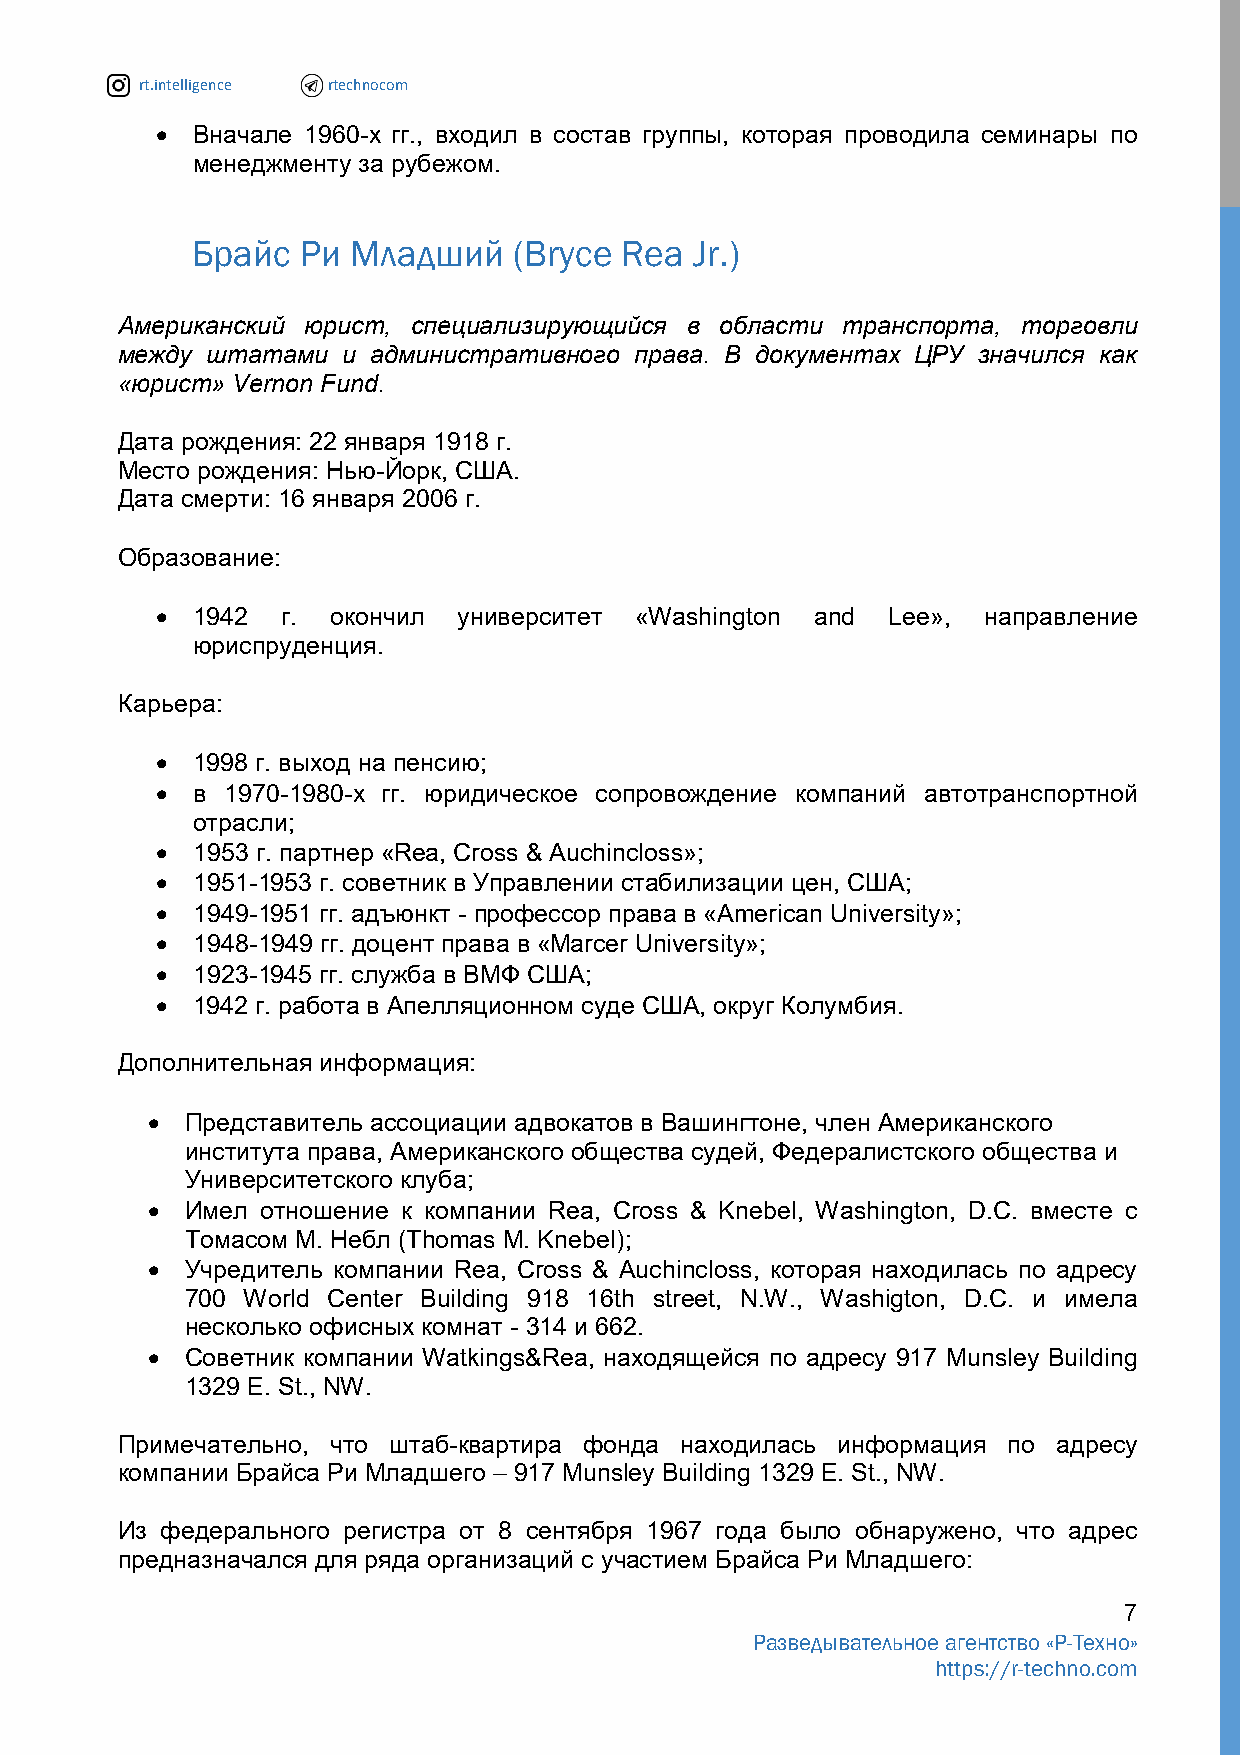
rt.intelligence rtechnocom
   Вначале 1960-х гг., входил в состав группы, которая проводила семинары по
 менеджменту за рубежом.
 Брайс  Ри Младший    (Bryce Rea  Jr.)
 Американский юрист, специализирующийся в области транспорта, торговли
 между штатами  и административного права. В документах ЦРУ значился как
 «юрист» Vernon Fund.
 Дата рождения: 22 января 1918 г.
 Место рождения: Нью-Йорк, США.
 Дата смерти: 16 января 2006 г.
 Образование:
   1942  г. окончил университет «Washington and  Lee», направление
 юриспруденция.
 Карьера:
   1998 г. выход на пенсию;
   в 1970-1980-х гг. юридическое сопровождение компаний автотранспортной
 отрасли;
   1953 г. партнер «Rea, Cross & Auchincloss»;
   1951-1953 г. советник в Управлении стабилизации цен, США;
   1949-1951 гг. адъюнкт - профессор права в «American University»;
   1948-1949 гг. доцент права в «Marcer University»;
   1923-1945 гг. служба в ВМФ США;
   1942 г. работа в Апелляционном суде США, округ Колумбия.
 Дополнительная информация:
  Представитель ассоциации адвокатов в Вашингтоне, член Американского
 института права, Американского общества судей, Федералистского общества и
 Университетского клуба;
  Имел отношение к компании Rea, Cross & Knebel, Washington, D.C. вместе с
 Томасом М. Небл (Thomas M. Knebel);
  Учредитель компании Rea, Cross & Auchincloss, которая находилась по адресу
 700 World Center Building 918 16th street, N.W., Washigton, D.C. и имела
 несколько офисных комнат - 314 и 662.
  Советник компании Watkings&Rea, находящейся по адресу 917 Munsley Building
 1329 E. St., NW.
 Примечательно, что штаб-квартира фонда находилась информация по адресу
 компании Брайса Ри Младшего – 917 Munsley Building 1329 E. St., NW.
 Из федерального регистра от 8 сентября 1967 года было обнаружено, что адрес
 предназначался для ряда организаций с участием Брайса Ри Младшего:
 7
 Разведывательное агентство «Р-Техно»
 https://r-techno.com